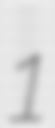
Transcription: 1